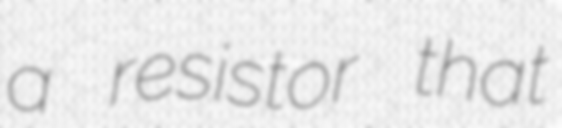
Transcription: a resistor that